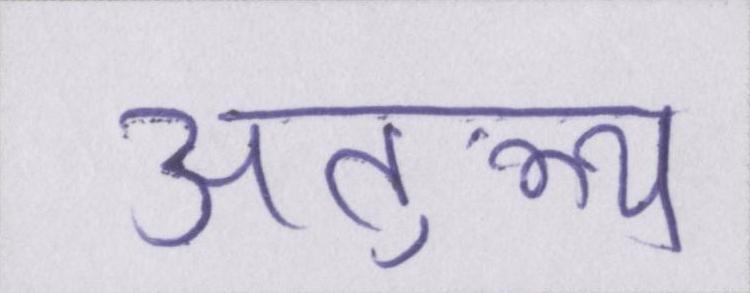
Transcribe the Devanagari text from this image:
अतुल्य